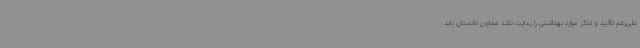
علی‌رغم تأکید و تذکر موارد بهداشتی را رعایت نکند معاون دادستان باید